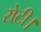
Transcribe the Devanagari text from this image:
रोटी।